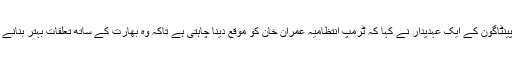
امریکی محکمہ دفاع پینٹاگون کے ایک عہدیدار نے کہا کہ ٹرمپ انتظامیہ عمران خان کو موقع دینا چاہتی ہے تاکہ وہ بھارت کے ساتھ تعلقات بہتر بنانے کی کوشش کر سکیں۔